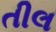
તીલ